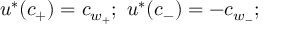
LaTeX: u ^ { * } ( c _ { + } ) = c _ { w _ { + } } ; \ u ^ { * } ( c _ { - } ) = - c _ { w _ { - } } ;